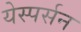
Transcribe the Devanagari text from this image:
येस्पर्सन